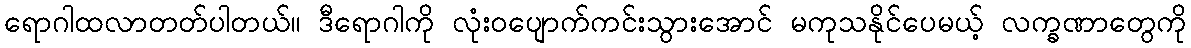
ရောဂါထလာတတ်ပါတယ်။ ဒီရောဂါကို လုံးဝပျောက်ကင်းသွားအောင် မကုသနိုင်ပေမယ့် လက္ခဏာတွေကို